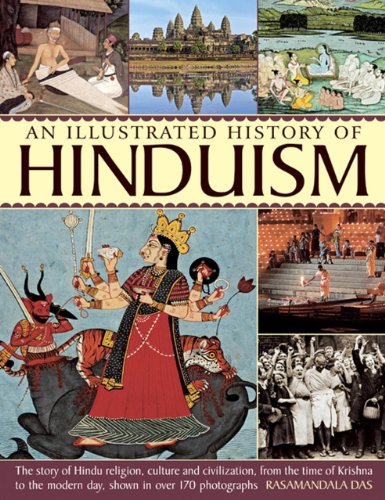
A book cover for An Illustrated History Of Hinduism: The Story Of Hindu Religion, Culture And Civilization, From The Time Of Krishna To The Modern Day, Shown In Over 170 Photographs; Rasamandala Das; Religion & Spirituality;